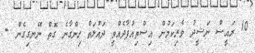
10 ރައީސް ނަޝީދު ވެރިކަމުން އިސްތިއުފާދެއްވީ ދައުލަތް ހިންގާނެ ގޮތް ނޭނގިގެން -